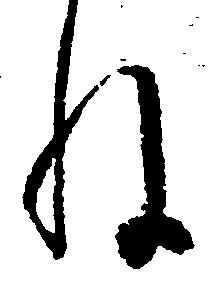
ね